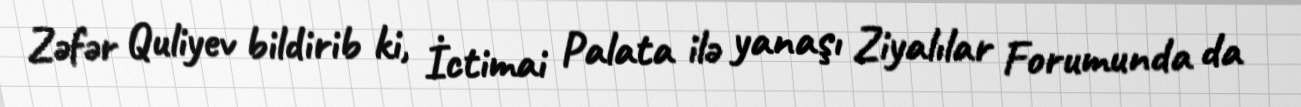
Zəfər Quliyev bildirib ki, İctimai Palata ilə yanaşı Ziyalılar Forumunda da